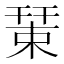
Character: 𢆞